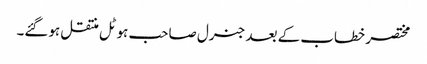
مختصر خطاب کے بعد جنرل صاحب ہوٹل منتقل ہوگئے۔